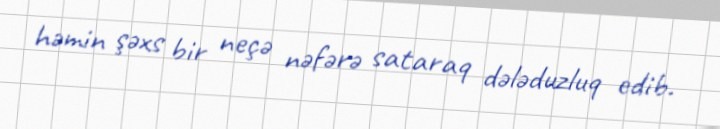
həmin şəxs bir neçə nəfərə sataraq dələduzluq edib.